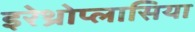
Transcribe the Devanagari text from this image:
इरेथ्रोप्लासिया